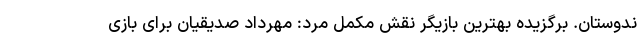
ندوستان. برگزیده بهترین بازیگر نقش مکمل مرد: مهرداد صدیقیان برای بازی